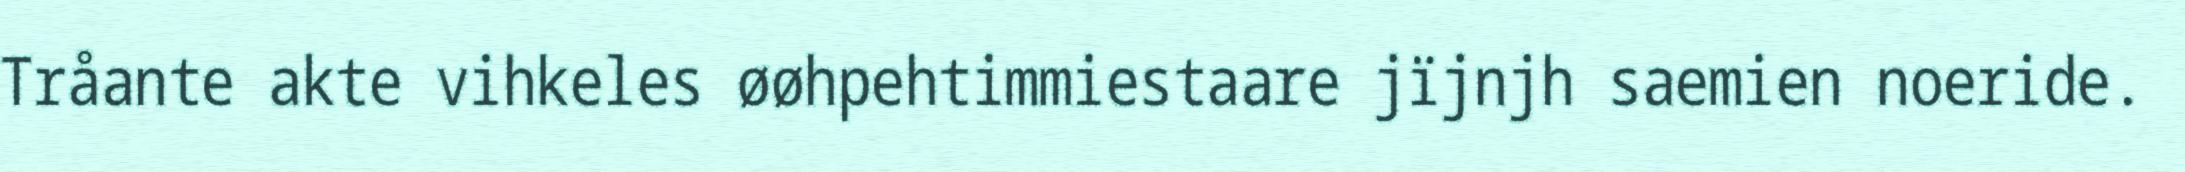
Tråante akte vihkeles øøhpehtimmiestaare jïjnjh saemien noeride.